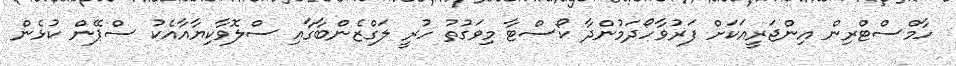
ހާމްސްޓްރިން އިންޖަރީއަކަށް ފަރުވާހޯދަމުންދާ ކޯސްޓާ މިވަގުތު ހުރީ ލަގްޒެންބާގާއި ސްލޮވާކިޔާއާއެކު ސްޕޭން ކުޅެން